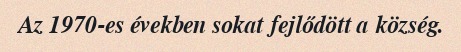
Az 1970-es években sokat fejlődött a község.